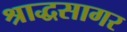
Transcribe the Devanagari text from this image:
श्राद्धसागर